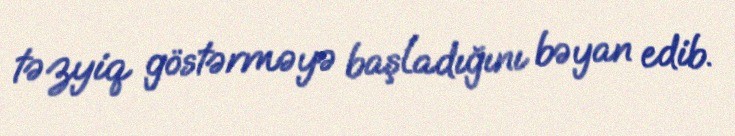
təzyiq göstərməyə başladığını bəyan edib.